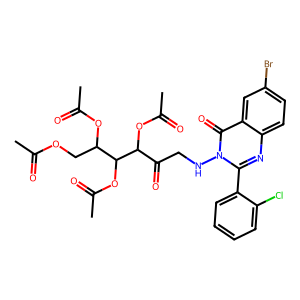
SMILES: CC(=O)OCC(OC(C)=O)C(OC(C)=O)C(OC(C)=O)C(=O)CNn1c(-c2ccccc2Cl)nc2ccc(Br)cc2c1=O
Inhibits HIV replication: No